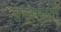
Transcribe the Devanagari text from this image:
कुळमुळी